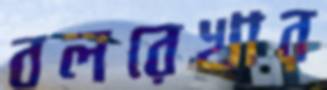
বলরেখার